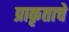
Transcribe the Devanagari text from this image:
प्राकृताचे